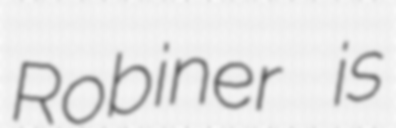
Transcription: Robiner is